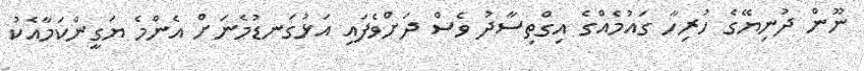
ނޫން ދުނިޔޭގެ ހުރިހާ ގައުމެއްގެ އިގްތިސާދު ވެސް ދަށްވެފައި އަޅުގަނޑުމެނަށް އެންމެ ޔަގީންކަމާއެކު